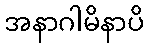
အနာဂါမိနာပိ